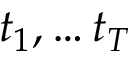
t _ { 1 } , \dots t _ { T }